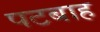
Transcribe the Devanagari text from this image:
पटबाह